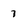
Character: 7